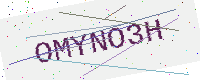
Text: OMYNO3H